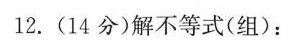
12.(14分) 解不等式（组）: